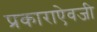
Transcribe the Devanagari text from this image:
प्रकाराऐवजी